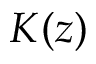
K ( z )